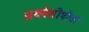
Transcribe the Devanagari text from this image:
अथर्वशीर्षांची